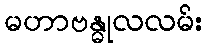
မဟာဗန္ဓုလလမ်း